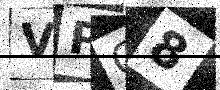
Text: VPG8